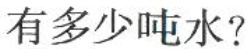
有多少吨水?